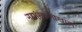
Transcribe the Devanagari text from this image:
नद्यांखालोखाल